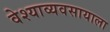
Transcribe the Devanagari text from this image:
वेश्याव्यवसायाला